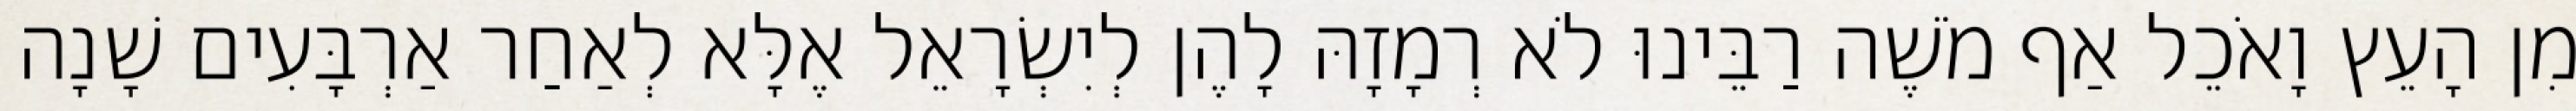
מִן הָעֵץ וָאֹכֵל אַף מֹשֶׁה רַבֵּינוּ לֹא רְמָזָהּ לָהֶן לְיִשְׂרָאֵל אֶלָּא לְאַחַר אַרְבָּעִים שָׁנָה